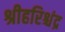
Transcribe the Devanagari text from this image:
श्रीहरिश्चंद्र